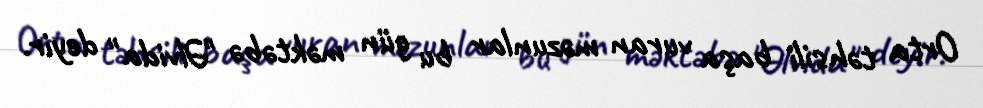
Orta təhsili başa vuran məzunlar bu gün məktəbə "Əlvida" deyir.